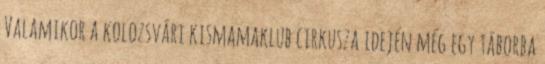
Valamikor a kolozsvári kismamaklub cirkusza idején még egy táborba